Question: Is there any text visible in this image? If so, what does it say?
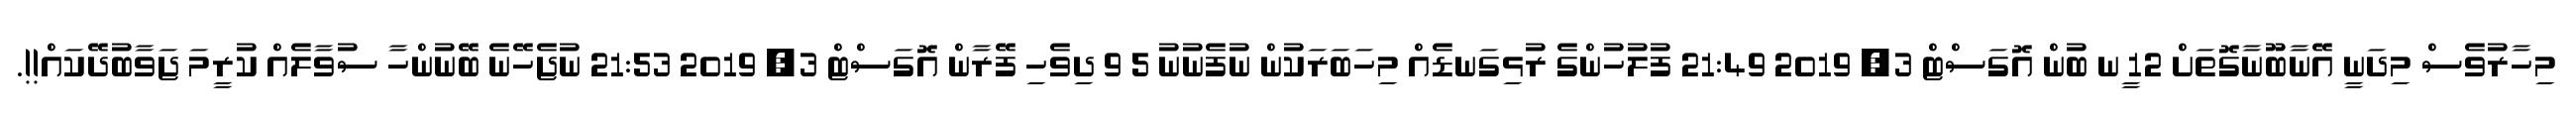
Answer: މިހާރުވެސް މިދަނީ އޭނާބޫނާގޮތަށް 12 ީނ ބުން އޮގަސްޓް 3, 2019 21:49 ފުލުހުންގެ ރުޅިގަނޑެއް މިހަބަރަކުން ނުފެނުނު 5 9 ދިވެހި ފޭރާން އޮގަސްޓް 3, 2019 21:53 ނުޖެހޭނެ ބޭނުންހާ ސުވާލެއް ކުރީމަ ޖަވާބުދޭކައް!!.